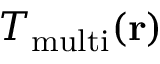
T _ { \mathrm { m u l t i } } ( { \bf { r } } )